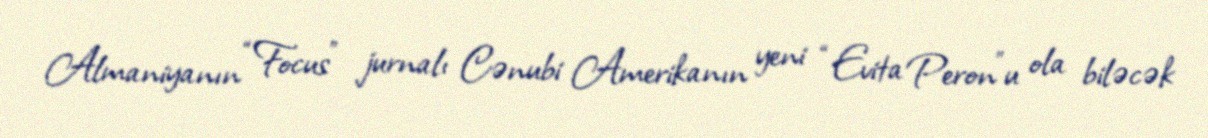
Almaniyanın “Focus” jurnalı Cənubi Amerikanın yeni “Evita Peron”u ola biləcək